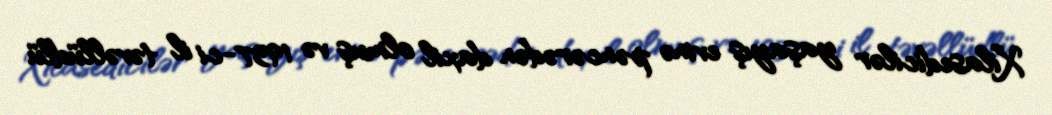
Xilasedicilər yaşayış evinə pəncərədən daxil olmuş və 1937-ci il təvəllüdlü